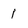
Character: 1